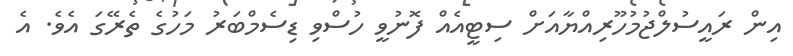
އިން ރައީސުލްޖުމުހޫރިއްޔާއަށް ސިޓީއެއް ފޮނުވީ ހުސްވި ޑިސެމްބަރު މަހުގެ ތެރޭގަ އެވެ. އެ